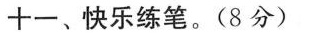
十一、快乐练笔。(8分)